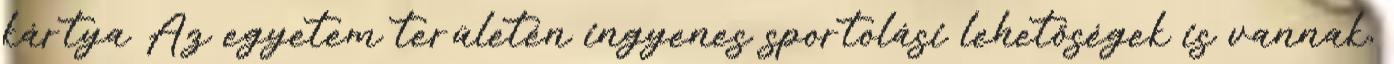
kártya Az egyetem területén ingyenes sportolási lehetőségek is vannak,